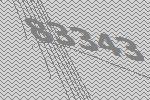
83343